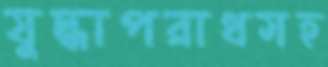
যুদ্ধাপরাধসহ